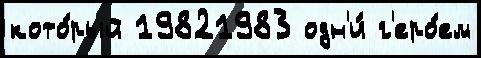
кото́рый 19821983 одн'и́ г'еро́ем